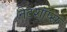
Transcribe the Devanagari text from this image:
नेटशॉप्स